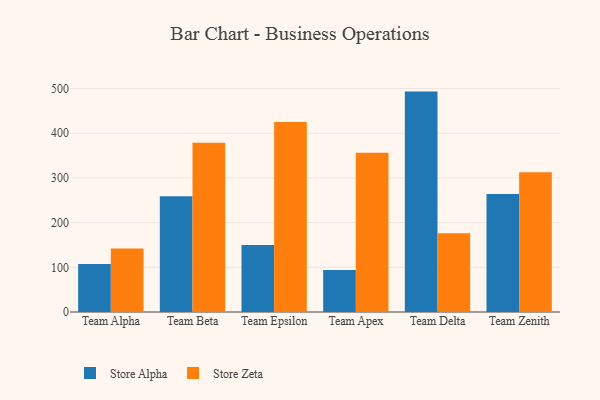
{"axis": {"x": "Team", "y": "Latency (ms)"}, "legend": ["Store Alpha", "Store Zeta"], "data": [{"x": "Team Alpha", "y": 107.3, "type": "Store Alpha"}, {"x": "Team Alpha", "y": 142.2, "type": "Store Zeta"}, {"x": "Team Beta", "y": 259.1, "type": "Store Alpha"}, {"x": "Team Beta", "y": 378.7, "type": "Store Zeta"}, {"x": "Team Epsilon", "y": 149.7, "type": "Store Alpha"}, {"x": "Team Epsilon", "y": 425.1, "type": "Store Zeta"}, {"x": "Team Apex", "y": 93.8, "type": "Store Alpha"}, {"x": "Team Apex", "y": 356.3, "type": "Store Zeta"}, {"x": "Team Delta", "y": 493.2, "type": "Store Alpha"}, {"x": "Team Delta", "y": 176.0, "type": "Store Zeta"}, {"x": "Team Zenith", "y": 263.9, "type": "Store Alpha"}, {"x": "Team Zenith", "y": 312.9, "type": "Store Zeta"}]}